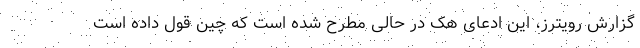
گزارش رویترز، این ادعای هک در حالی مطرح شده است که چین قول داده است